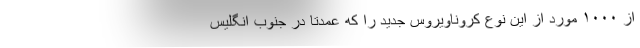
از ۱۰۰۰ مورد از این نوع کروناویروس جدید را که عمدتا در جنوب انگلیس